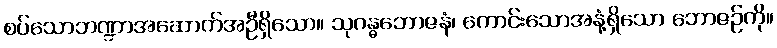
စပ်သောဘဏ္ဍာအဆောက်အဦရှိသော။ သုဂန္ဓဘောဇနံ၊ ကောင်းသောအနံ့ရှိသော ဘောဇဉ်ကို။